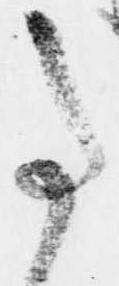
事